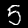
Digit: 5